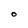
Character: O